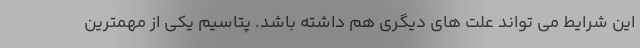
این شرایط می تواند علت های دیگری هم داشته باشد. پتاسیم یکی از مهمترین